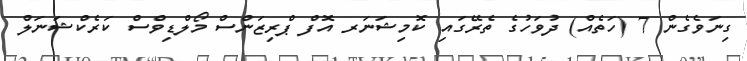
ގިނަވެގެން 7 (ހަތެއް) ދުވަހުގެ ތެރޭގައި ކޮމިޝަނަރ އޮފް ޕްރިޒަންސް މޯލްޑިވްސް ކަރެކްޝަނަލް